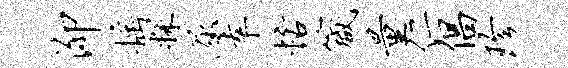
泖摇探屈幸恬箴量仁倡珍